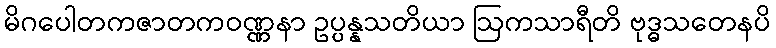
မိဂပေါတကဇာတကဝဏ္ဏနာ ဥပ္ပန္နသတိယာ ဩကသာရီတိ ဗုဒ္ဓသတေနပိ